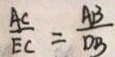
\frac { A C } { E C } = \frac { A B } { D B }